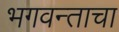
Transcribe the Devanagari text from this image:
भगवन्ताचा